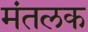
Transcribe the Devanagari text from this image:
मंतलक